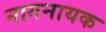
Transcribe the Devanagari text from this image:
नागनायक